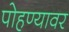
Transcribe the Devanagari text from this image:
पोहण्यावर